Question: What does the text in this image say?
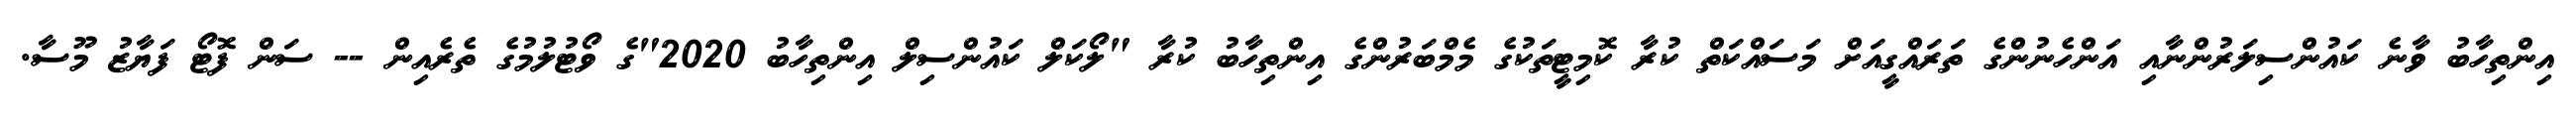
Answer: އިންތިހާބު ވާނެ ކައުންސިލަރުންނާއި އަންހެނުންގެ ތަރައްގީއަށް މަސައްކަތް ކުރާ ކޮމިޓީތަކުގެ މެމްބަރުންގެ އިންތިހާބު ކުރާ "ލޯކަލް ކައުންސިލް އިންތިހާބު 2020"ގެ ވޯޓުލުމުގެ ތެރެއިން -- ސަން ފޮޓޯ ފަޔާޒު މޫސާ.